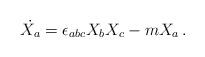
LaTeX: \begin{align*}\dot{X_a} = \epsilon_{abc} X_bX_c - m X_a \, .~~\end{align*}